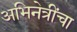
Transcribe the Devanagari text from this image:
अभिनेत्रींचा